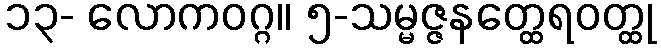
၁၃- လောကဝဂ္ဂ။ ၅-သမ္မဇ္ဇနတ္ထေရဝတ္ထု